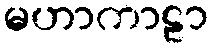
မဟာကာဠာ